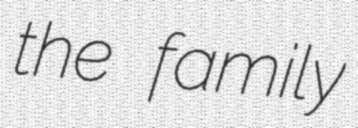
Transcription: the family